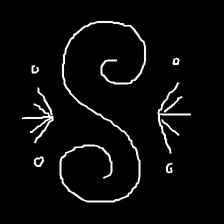
Glyph: aeroform